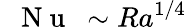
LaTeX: \mathrm{~\textit~{~N~u~}~}\sim Ra^{1/4}